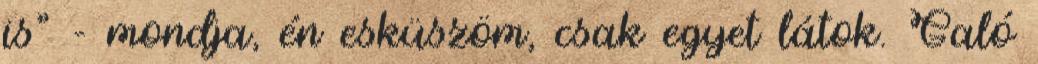
is” - mondja, én esküszöm, csak egyet látok. Galó